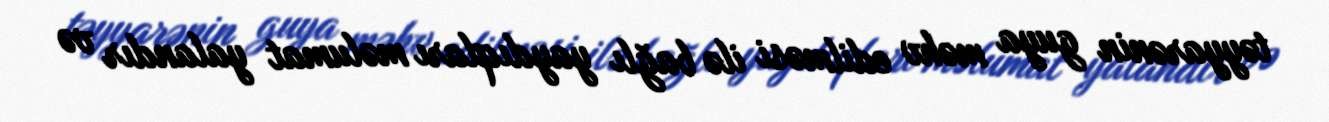
təyyarənin guya məhv edilməsi ilə bağlı yaydıqları məlumat yalandır və